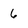
Character: 6